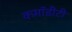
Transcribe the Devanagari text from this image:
कमॉडीटी